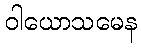
ဝါယောသမေန